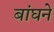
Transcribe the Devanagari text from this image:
बांघने